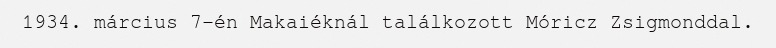
1934. március 7-én Makaiéknál találkozott Móricz Zsigmonddal.